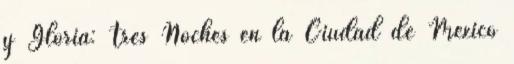
y Gloria: Tres Noches en la Ciudad de México